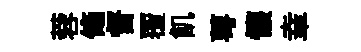
蓉翛督覆飢萼懷𦍒